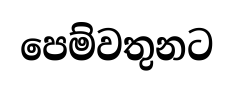
පෙම්වතුනට